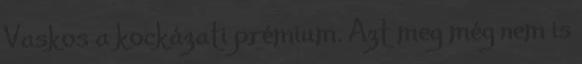
Vaskos a kockázati prémium. Azt meg még nem is